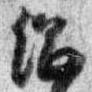
侶